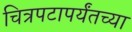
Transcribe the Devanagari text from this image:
चित्रपटापर्यंतच्या